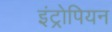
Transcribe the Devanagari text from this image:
इंट्रोपियन